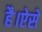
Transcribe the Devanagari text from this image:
है।ऐसे